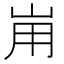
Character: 𡶤